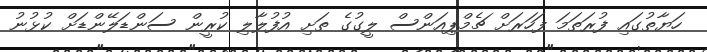
ހަޔާތުގައި ފުރަތަމަ ފަހަރަށް ޗެމްޕިއަންސް ލީގުގެ ތަށި އުފުލާލި ކުރީން ސަންޑަލޭންޑަށް ކުޅުނު